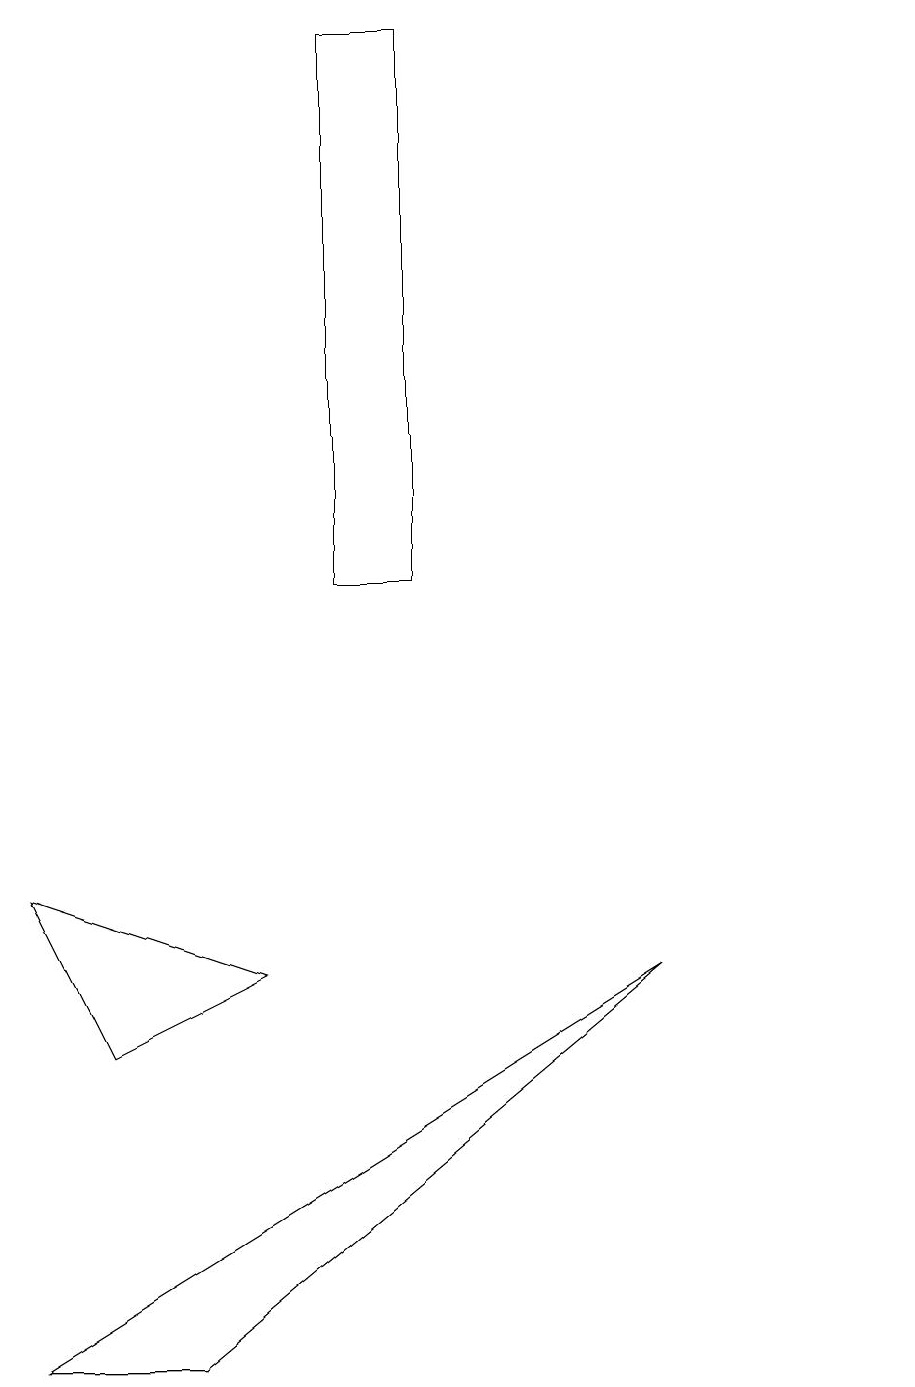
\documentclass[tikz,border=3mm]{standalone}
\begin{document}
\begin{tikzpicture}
\draw (3,2) -- (1,2) -- (9,7) -- cycle;
\draw (4,7) -- (2,6) -- (1,8) -- cycle;
\draw (5,12) rectangle (6,19);
\draw (12,11) circle (0);
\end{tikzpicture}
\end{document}